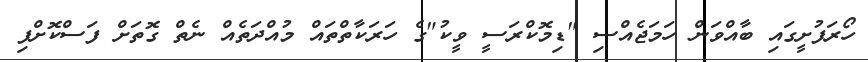
ހޯރަފުށީގައި ބާއްވަން ހަމަޖެއްސި "ޑިމޮކްރަސީ ވީކު"ގެ ހަރަކާތްތައް މުއްދަތެއް ނެތް ގޮތަށް ފަސްކޮށްފި